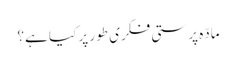
مادّہ پرستی فکری طور پر کیا ہے؟